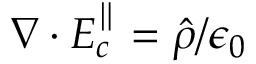
\boldsymbol \nabla \cdot { \boldsymbol E } _ { c } ^ { \parallel } = \hat { \rho } / \epsilon _ { 0 }